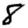
Digit: 8